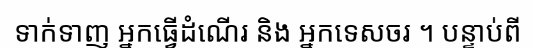
ទាក់ទាញ អ្នកធ្វើដំណើរ និង អ្នកទេសចរ ។ បន្ទាប់ពី